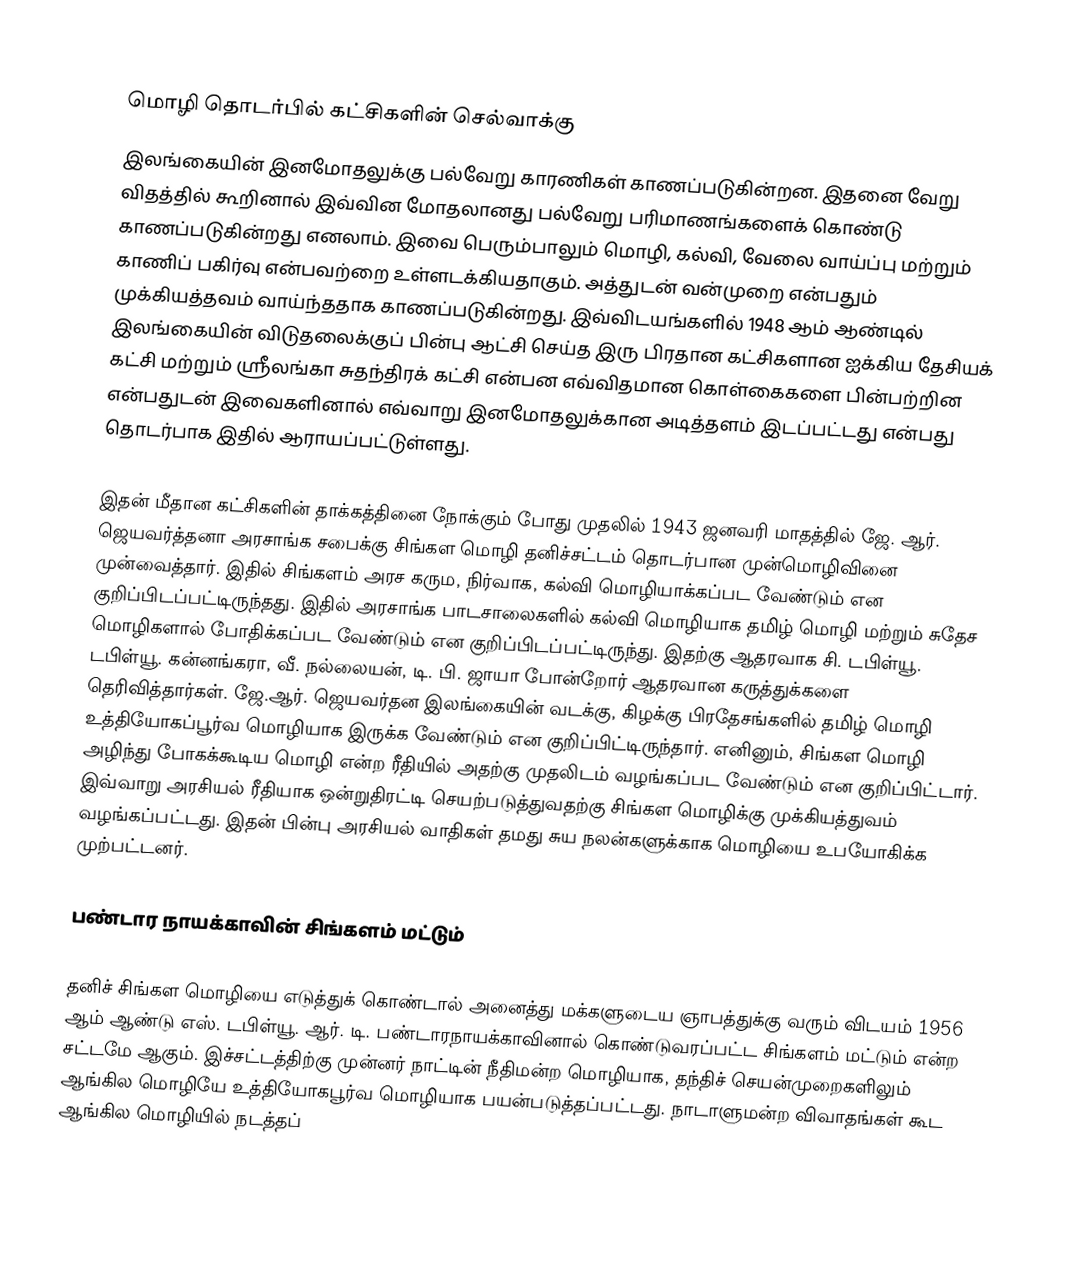

மொழி தொடர்பில் கட்சிகளின் செல்வாக்கு
இலங்கையின் இனமோதலுக்கு பல்வேறு காரணிகள் காணப்படுகின்றன. இதனை வேறு விதத்தில் கூறினால் இவ்வின மோதலானது பல்வேறு பரிமாணங்களைக் கொண்டு காணப்படுகின்றது எனலாம். இவை பெரும்பாலும் மொழி, கல்வி, வேலை வாய்ப்பு மற்றும் காணிப் பகிர்வு என்பவற்றை உள்ளடக்கியதாகும். அத்துடன் வன்முறை என்பதும் முக்கியத்தவம் வாய்ந்ததாக காணப்படுகின்றது. இவ்விடயங்களில் 1948 ஆம் ஆண்டில் இலங்கையின் விடுதலைக்குப் பின்பு ஆட்சி செய்த இரு பிரதான கட்சிகளான ஐக்கிய தேசியக் கட்சி மற்றும் ஸ்ரீலங்கா சுதந்திரக் கட்சி என்பன எவ்விதமான கொள்கைகளை பின்பற்றின என்பதுடன் இவைகளினால் எவ்வாறு இனமோதலுக்கான அடித்தளம் இடப்பட்டது என்பது தொடர்பாக இதில் ஆராயப்பட்டுள்ளது.

இதன் மீதான கட்சிகளின் தாக்கத்தினை நோக்கும் போது முதலில் 1943 ஜனவரி மாதத்தில் ஜே. ஆர். ஜெயவர்த்தனா அரசாங்க சபைக்கு சிங்கள மொழி தனிச்சட்டம் தொடர்பான முன்மொழிவினை முன்வைத்தார். இதில் சிங்களம் அரச கரும, நிர்வாக, கல்வி மொழியாக்கப்பட வேண்டும் என குறிப்பிடப்பட்டிருந்தது. இதில் அரசாங்க பாடசாலைகளில் கல்வி மொழியாக தமிழ் மொழி மற்றும் சுதேச மொழிகளால் போதிக்கப்பட வேண்டும் என குறிப்பிடப்பட்டிருந்து. இதற்கு ஆதரவாக சி. டபிள்யூ. டபிள்யூ. கன்னங்கரா, வீ. நல்லையன், டி. பி. ஜாயா போன்றோர் ஆதரவான கருத்துக்களை தெரிவித்தார்கள். ஜே.ஆர். ஜெயவர்தன இலங்கையின் வடக்கு, கிழக்கு பிரதேசங்களில் தமிழ் மொழி உத்தியோகப்பூர்வ மொழியாக இருக்க வேண்டும் என குறிப்பிட்டிருந்தார். எனினும், சிங்கள மொழி அழிந்து போகக்கூடிய மொழி என்ற ரீதியில் அதற்கு முதலிடம் வழங்கப்பட வேண்டும் என குறிப்பிட்டார். இவ்வாறு அரசியல் ரீதியாக ஒன்றுதிரட்டி செயற்படுத்துவதற்கு சிங்கள மொழிக்கு முக்கியத்துவம் வழங்கப்பட்டது. இதன் பின்பு அரசியல் வாதிகள் தமது சுய நலன்களுக்காக மொழியை உபயோகிக்க முற்பட்டனர்.

பண்டார நாயக்காவின் சிங்களம் மட்டும்

தனிச் சிங்கள மொழியை எடுத்துக் கொண்டால் அனைத்து மக்களுடைய ஞாபத்துக்கு வரும் விடயம் 1956 ஆம் ஆண்டு எஸ். டபிள்யூ. ஆர். டி. பண்டாரநாயக்காவினால் கொண்டுவரப்பட்ட சிங்களம் மட்டும் என்ற சட்டமே ஆகும். இச்சட்டத்திற்கு முன்னர் நாட்டின் நீதிமன்ற மொழியாக, தந்திச் செயன்முறைகளிலும் ஆங்கில மொழியே உத்தியோகபூர்வ மொழியாக பயன்படுத்தப்பட்டது. நாடாளுமன்ற விவாதங்கள் கூட ஆங்கில மொழியில் நடத்தப்